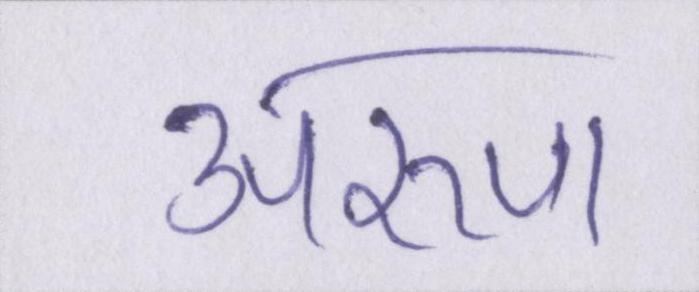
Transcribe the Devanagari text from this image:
अरुण